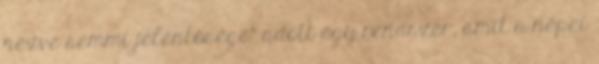
nézve semmi jelentősége" adott egy rendszer, amit a népei